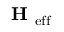
\textbf { H } _ { \mathrm { e f f } }